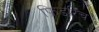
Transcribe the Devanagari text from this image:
फ्रिडरिच